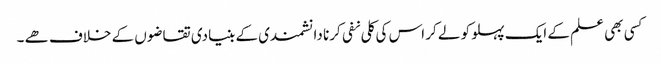
کسی بھی علم کے ایک پہلو کو لے کر اس کی کلی نفی کرنا دانشمندی کے بنیادی تقاضوں کے خلاف ھے ۔